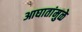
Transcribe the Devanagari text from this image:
आघातांमुळे